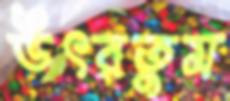
উৎরতুম